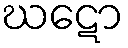
ဃဋော